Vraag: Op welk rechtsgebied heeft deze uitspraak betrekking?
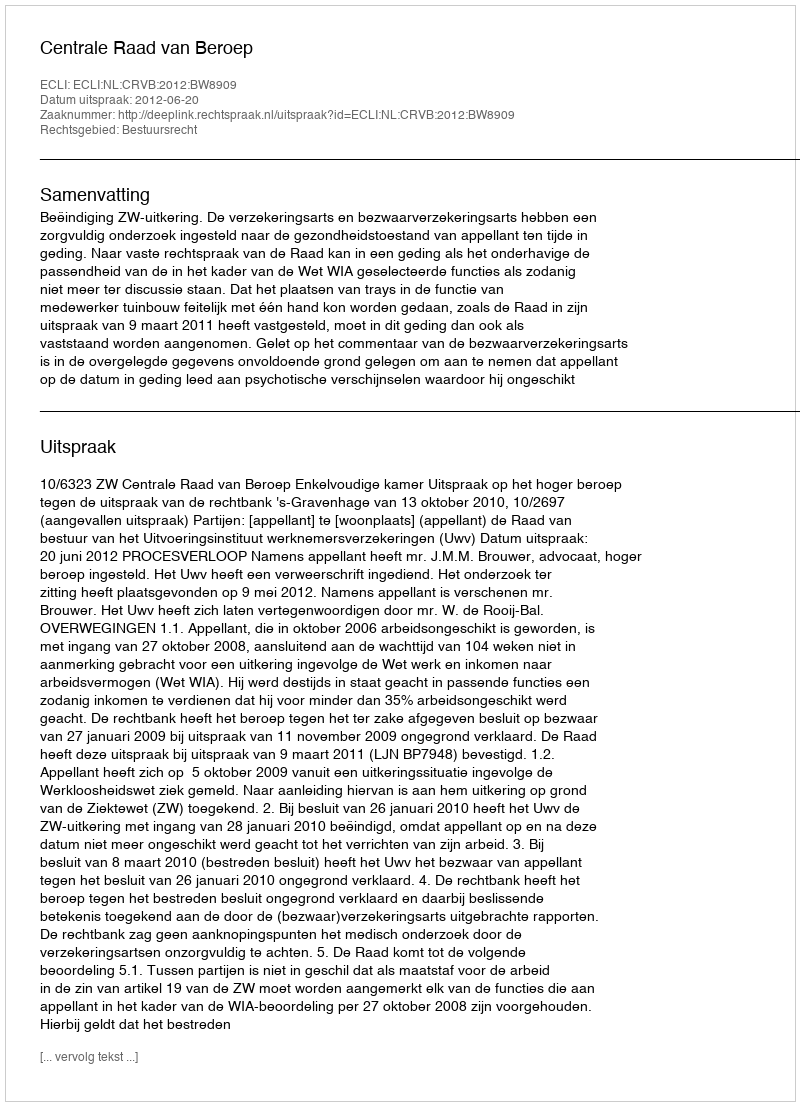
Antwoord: Bestuursrecht